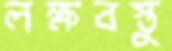
লক্ষবস্তু